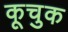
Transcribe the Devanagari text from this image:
कूचुक